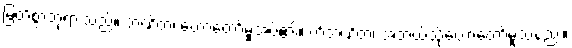
မြတ်စွာဘုရားသည်။ ဘဏိတံ၊ ဟောတော်မူအပ်၏။ ကိံဘဏိတံ၊ အဘယ်သို့ဟောတော်မူသနည်း။